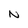
Character: N